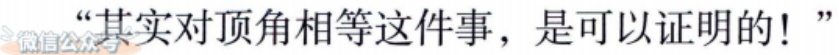
“其实对顶角相等这件事，是可以证明的！”